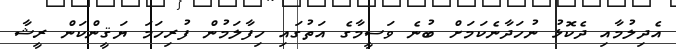
އެދިލުމާއި ދެކޮޅު ނުހަދާނެކަމަށް ބުނެ ވަސީމާގެ އަތުގައި ހިފާލަމުން ފުރިހަމަ ޔަޤީންކަން ރީޝާ